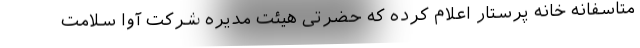
متاسفانه خانه پرستار اعلام کرده که حضرتی هیئت مدیره شرکت آوا سلامت